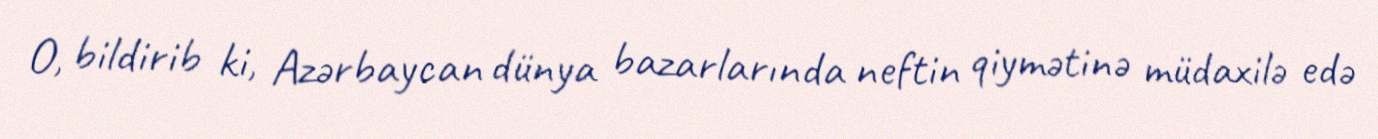
O, bildirib ki, Azərbaycan dünya bazarlarında neftin qiymətinə müdaxilə edə